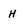
Character: H